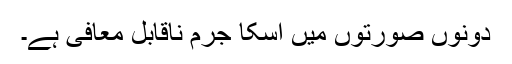
دونوں صورتوں میں اسکا جرم ناقابل معافی ہے۔